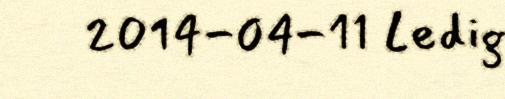
2014-04-11 Ledig